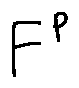
F ^ { p }